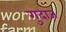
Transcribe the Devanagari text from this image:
गुदाज़